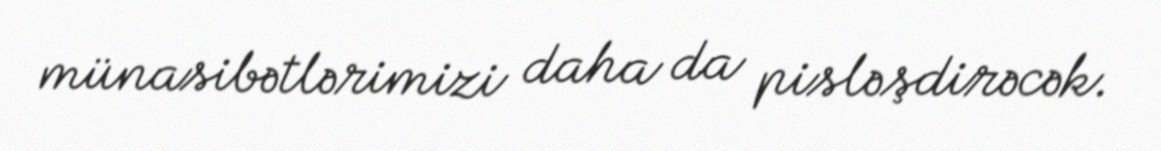
münasibətlərimizi daha da pisləşdirəcək.